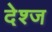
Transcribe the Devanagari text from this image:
देश्ज